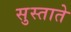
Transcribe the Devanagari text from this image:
सुस्ताते